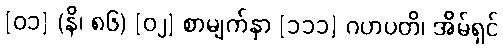
[၀၁] (နိ၊ ၈၆) [၀၂] စာမျက်နှာ [၁၁၁] ဂဟပတိ၊ အိမ်ရှင်